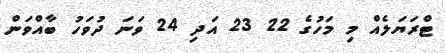
ޓްރަޔަލެއް މި މަހުގެ 22 23 އަދި 24 ވަނަ ދުވަހު ބާއްވަން